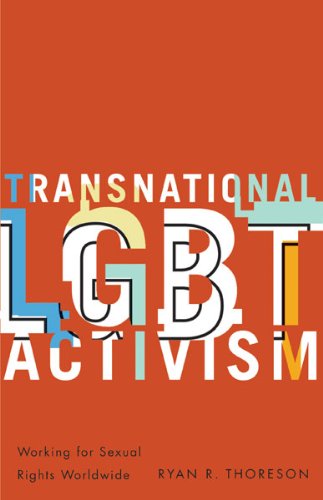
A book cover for Transnational LGBT Activism: Working for Sexual Rights Worldwide; Ryan R. Thoreson; Gay & Lesbian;